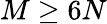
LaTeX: M\geq 6N